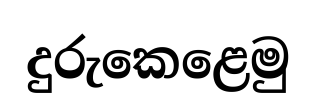
දුරුකෙළෙමු